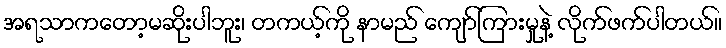
အရသာကတော့မဆိုးပါဘူး၊ တကယ့်ကို နာမည် ကျော်ကြားမှုနဲ့ လိုက်ဖက်ပါတယ်။